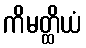
ကိမတ္ထိယံ